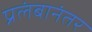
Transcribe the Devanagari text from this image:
प्रलंबानंतर